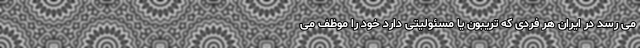
می رسد در ایران هر فردی که تریبون یا مسئولیتی دارد خود را موظف می